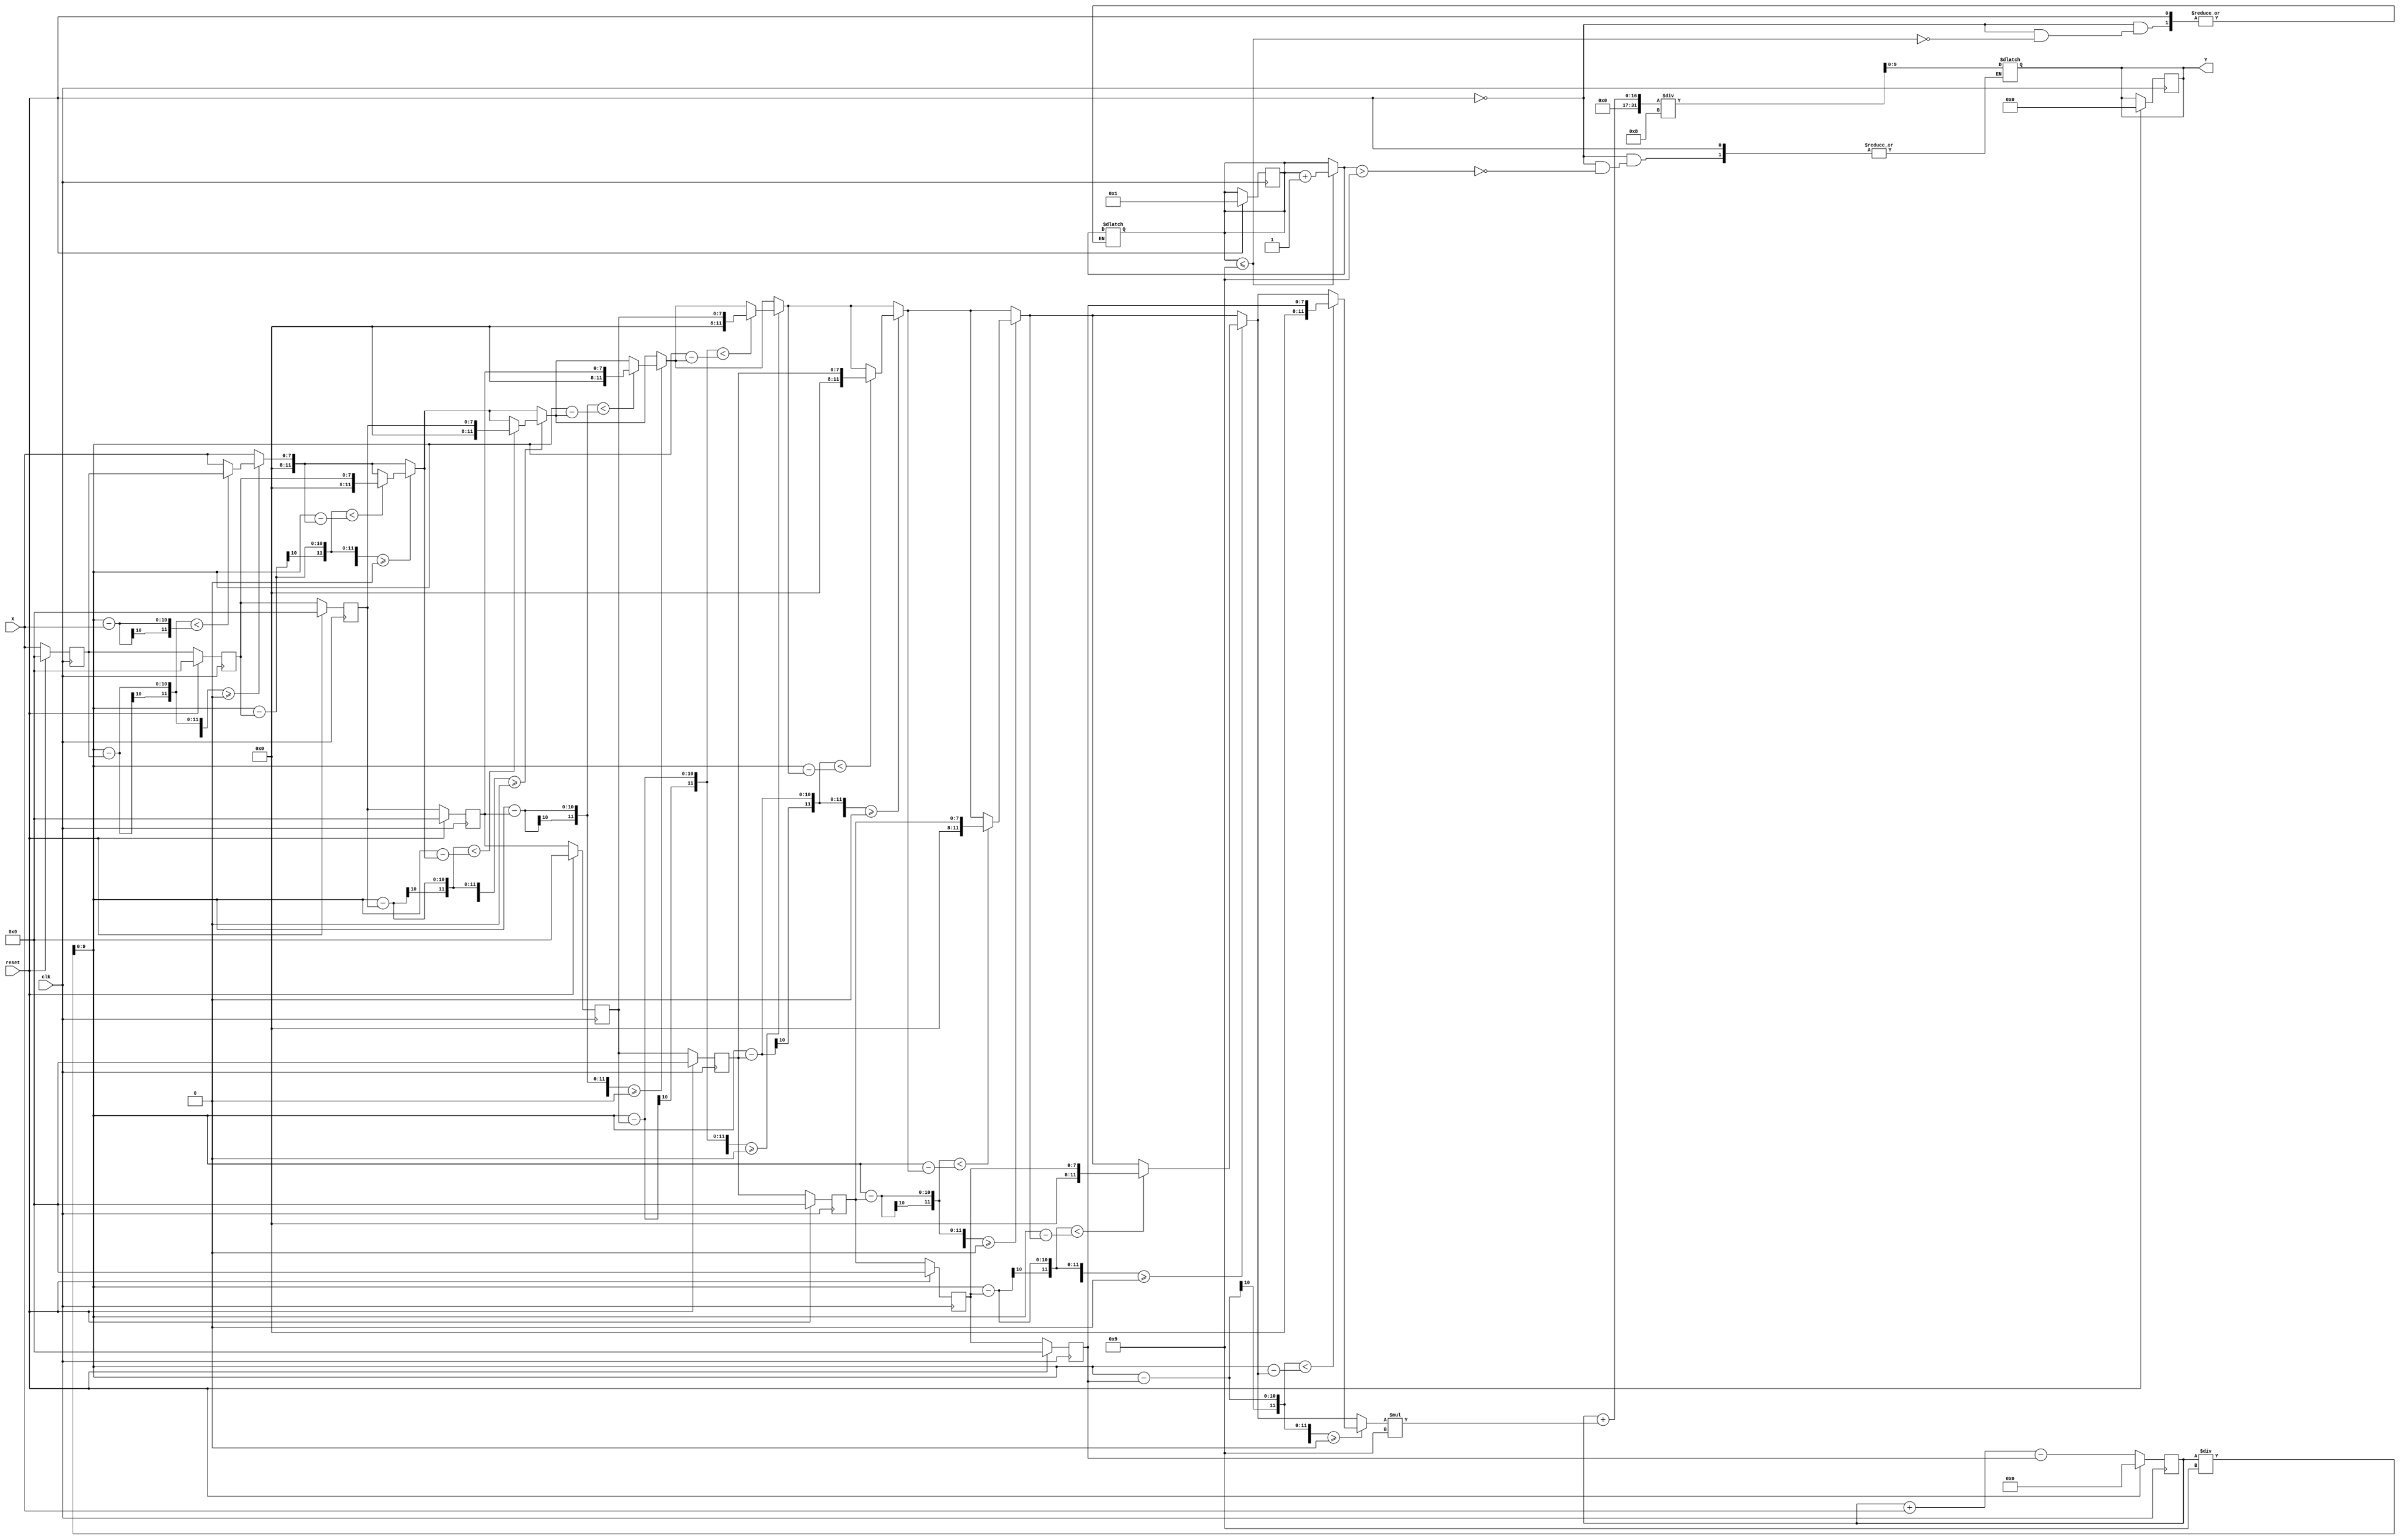
`timescale 1ns/10ps
module CS(Y, X, reset, clk);

  input clk, reset; 
  input 	[7:0] X;
  output 	reg[9:0] Y;
  reg [7:0]arr[8:0];
  reg [3:0]i;
  reg [3:0]j;
  reg [11:0]sum;
  reg [9:0]compute_avg;
  reg [11:0]closest_element;
  reg [3:0]counter;

  always@(posedge clk)begin
    if(!reset)begin
      for(i=0;i<8;i=i+1) 
       arr[i+1]<=arr[i];
      arr[0]<=X;
      sum<=sum+X-arr[8];
    end
    else begin
      for(i=0;i<9;i=i+1) 
       arr[i]<=0;
      sum<=0;
      Y<=0;
      closest_element<=0;
      compute_avg<=0;
      counter<=1;
    end
  end

  always@(sum) begin
    if(!reset)begin
      if(counter<=9) counter=counter+1; 
      if(counter>9)begin
        compute_avg=sum/9;
        closest_element=X;
        for(j=0;j<9;j=j+1)begin
          if(compute_avg-arr[j]>=0)begin
            if( (compute_avg-arr[j]) < (compute_avg-closest_element) )
              closest_element=arr[j];
          end
        end
        Y=(sum+closest_element*9)/8;
      end
    end
  end

endmodule